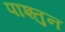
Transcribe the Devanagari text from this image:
पाश्तुन